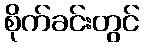
စိုက်ခင်းတွင်